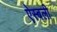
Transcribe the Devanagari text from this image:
ऐस्बली